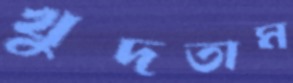
খুদতাম